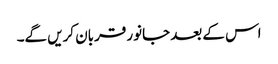
اس کے بعد جانور قربان کریں گے۔